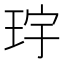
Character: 𪻝